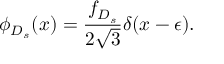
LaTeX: \phi _ { D _ { s } } ( x ) = { \frac { f _ { D _ { s } } } { 2 \sqrt 3 } } \delta ( x - \epsilon ) .